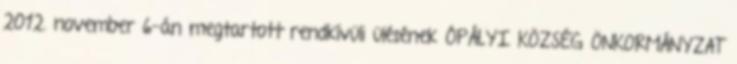
2012. november 6-án megtartott rendkívüli ülésének ÓPÁLYI KÖZSÉG ÖNKORMÁNYZAT